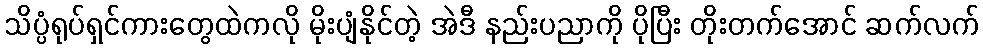
သိပ္ပံရုပ်ရှင်ကားတွေထဲကလို မိုးပျံနိုင်တဲ့ အဲဒီ နည်းပညာကို ပိုပြီး တိုးတက်အောင် ဆက်လက်